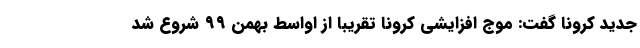
جدید کرونا گفت: موج افزایشی کرونا تقریبا از اواسط بهمن ۹۹ شروع شد